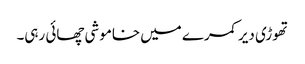
تھوڑی دیر کمرے میں خاموشی چھائی رہی۔